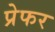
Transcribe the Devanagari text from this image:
प्रेफर